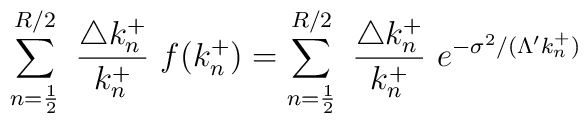
\sum_{n= \frac{1}{2} }^{R/2}~\frac { \triangle k_n^+ } { k_n^+ }~ f( k^+_n )   = \sum_{n= \frac{1}{2} }^{R/2}~\frac { \triangle k_n^+ } { k_n^+ }~     e^{- \sigma^2 / ( \Lambda' k_n^+ ) }